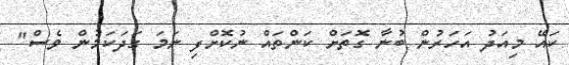
ކައޭ މިއަދު އަހަރުން ބުނާ ގޮތަށް ކަންތައް ނުކޮށްފި ނަމަ ގަދަކަމުން ވެސް"